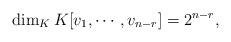
LaTeX: \begin{align*}\dim_K K[v_1,\cdots,v_{n-r}]=2^{n-r},\end{align*}